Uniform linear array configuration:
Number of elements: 24
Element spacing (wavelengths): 0.5
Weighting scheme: uniform
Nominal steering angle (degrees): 15
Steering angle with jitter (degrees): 15.58
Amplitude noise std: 0.05
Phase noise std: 0.05

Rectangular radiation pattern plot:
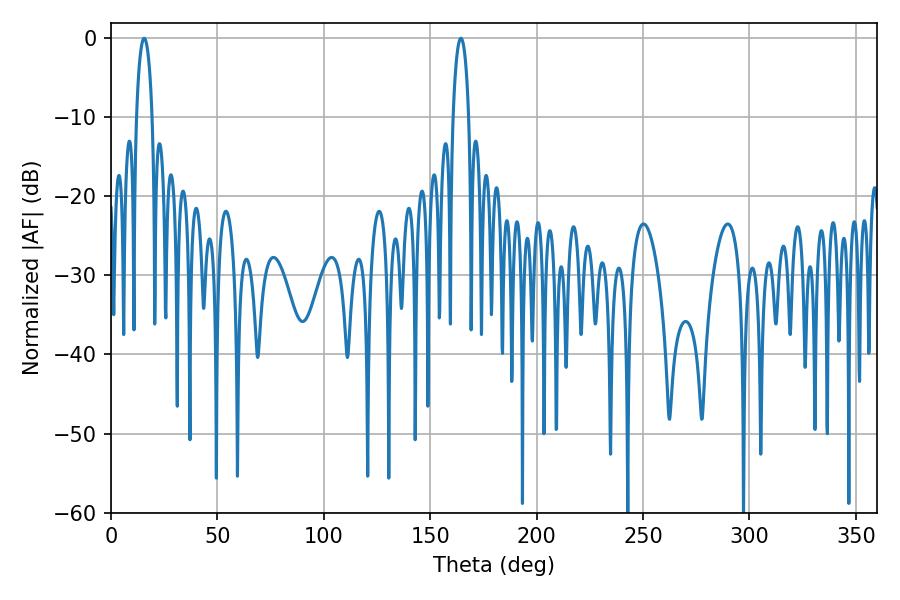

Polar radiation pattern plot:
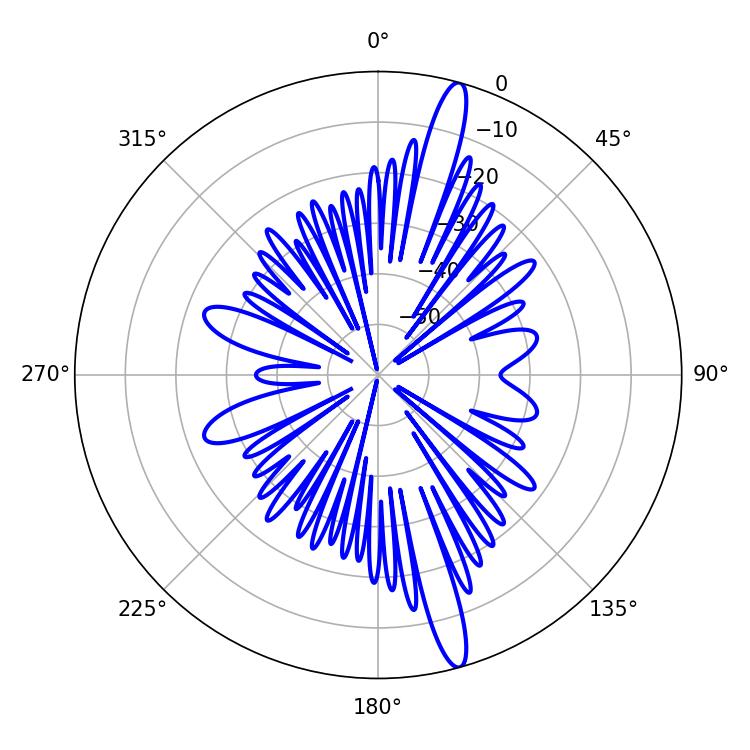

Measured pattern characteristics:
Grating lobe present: FALSE
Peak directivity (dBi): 16.438
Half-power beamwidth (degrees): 4.14
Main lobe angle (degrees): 15.66